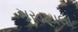
ખરડાયલા